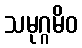
သမုဂ္ဂမိဝ